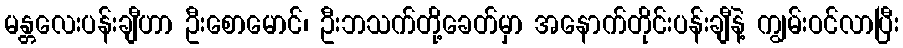
မန္တလေးပန်းချီဟာ ဦးစောမောင်၊ ဦးဘသက်တို့ခေတ်မှာ အနောက်တိုင်းပန်းချီနဲ့ ကျွမ်းဝင်လာပြီး